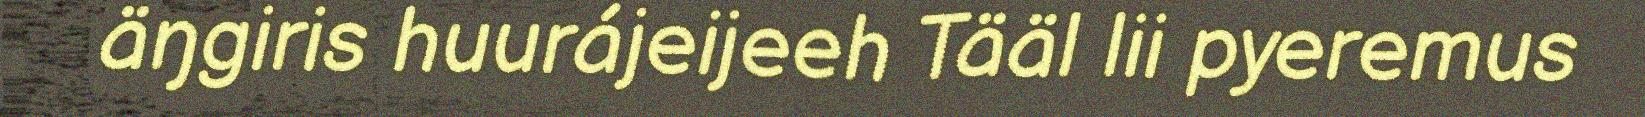
äŋgiris huurájeijeeh Tääl lii pyeremus